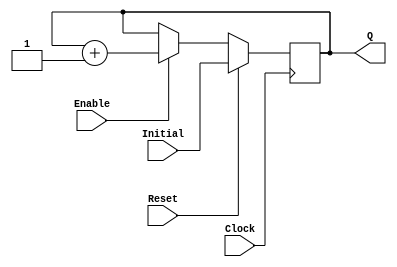
`timescale 1ns / 1ps
//------------------------------------------------
module UPCOUNTER_POSEDGE # (parameter SIZE=16)
(
input wire Clock, Reset,
input wire [SIZE-1:0] Initial,
input wire Enable,
output reg [SIZE-1:0] Q
);


  always @(posedge Clock )
  begin
      if (Reset)
        Q = Initial;
      else
		begin
		if (Enable)
			Q = Q + 1;
			
		end			
  end

endmodule
//----------------------------------------------------
module FFD_POSEDGE_SYNCRONOUS_RESET # ( parameter SIZE=8 )
(
	input wire				Clock,
	input wire				Reset,
	input wire				Enable,
	input wire [SIZE-1:0]	D,
	output reg [SIZE-1:0]	Q
);
	

always @ (posedge Clock) 
begin
	if ( Reset )
		Q <= 0;
	else
	begin	
		if (Enable) 
			Q <= D; 
	end	
 
end//always

endmodule


//----------------------------------------------------------------------

module IMUL (oResult, A, B);
	input wire [3:0] A;
	input wire [3:0] B;
	output [7:0] oResult;
	wire Ci_00, Ci_01, Ci_02, Ci_03, Ci_10, Ci_11, Ci_12, Ci_13, Ci_20, Ci_21, Ci_22;
	wire r01, r02, r03, r11, r12, r13; 


	//r[0]
	assign oResult[0] = A[0] & B[0];

	//r[1]
	full_adder adder00 (.A(A[0] & B[1]), .B(A[1] & B[0]), 
						.Ci(1'b0), .R(oResult[1]), .Co(Ci_00)); 
	
	//r[2]
	full_adder adder01 (.A(A[2] & B[0]), .B(A[1] & B[1]), 
						.Ci(Ci_00), .R(r01), .Co(Ci_01)); 
	full_adder adder10 (.A(A[0] & B[2]), .B(r01), .Ci(1'b0),
						 .R(oResult[2]), .Co(Ci_10)); 
	
	//r[3]
	full_adder adder02 (.A(A[3] & B[0]), .B(A[2] & B[1]), 
						.Ci(Ci_01), .R(r02), .Co(Ci_02));
	full_adder adder11 (.A(A[1] & B[2]), .B(r02), .Ci(Ci_10), 
						.R(r11), .Co(Ci_11));
	full_adder adder20 (.A(A[0] & B[3]), .B(r11), .Ci(1'b0), 
						.R(oResult[3]), .Co(Ci_20));

	//r[4]
	full_adder adder03 (.A(1'b0), .B(A[3] & B[1]), .Ci(Ci_02), 
						.R(r03), .Co(Ci_03));
	full_adder adder12 (.A(A[2] & B[2]), .B(r03), .Ci(Ci_11), 
						.R(r12), .Co(Ci_12));
	full_adder adder21 (.A(A[1] & B[3]), .B(r12), .Ci(Ci_20), 
						.R(oResult[4]), .Co(Ci_21));

	//r[5]
	full_adder adder13 (.A(A[3] & B[2]), .B(Ci_03), .Ci(Ci_12), 
						.R(r13), .Co(Ci_13)); 
	full_adder adder22 (.A(A[2] & B[3]), .B(r13), .Ci(Ci_21), 
						.R(oResult[5]), .Co(Ci_22)); 

	//r[6]
	full_adder adder23 (.A(A[3] & B[3]), .B(Ci_13), .Ci(Ci_22), 
						.R(oResult[6]), .Co(oResult[7]));


endmodule

//----------------------------------------------------------------------

module full_adder (A, B, Ci, R, Co);

input wire A, B, Ci; 
output wire R, Co; 

assign {Co, R} = A + B + Ci;

endmodule

//----------------------------------------------------------------------
module mux_4x1 #(parameter SIZE = 16) (Shifted_A, Q, A, B);

input wire [SIZE - 1:0] A; //input wire [15:0] A; 
input wire [1:0] B;

output reg [SIZE+1:0] Shifted_A; //output reg [17:0] Shifted_A; 
output reg [SIZE+1:0] Q; // Q y Shifted_A necesitan 1 bit mas que A por la suma y el desplazamiento respectivamente. 

always @(*) begin
	case(B)
		0: Q <= 0; 						// A *0
		1: Q <= A; 						// A *1
		2: Q <= A << 1'b1;			// A *2
		3: Q <= (A << 1'b1) + A;	// A *3

		default: Q <= 0;				// A *0
	endcase

	Shifted_A <= A << 2'b10;	// Desplazamiento adicional para adecuar la entrada 
end										// al siguiente mux_4x1 segun el algoritmo.

endmodule

//----------------------------------------------------------------------

module IMUL2 (result, A, B);
	output reg [31:0] result; // Resultado de 32bits ya que se multiplican 2 numeros de 16bits.
	input wire [15:0] A;
	input wire [15:0] B;

	wire [17:0] shifted_17A; // Los tamanos van aumentando debido a que A se desplaza 2 veces
	wire [19:0] shifted_19A; // hacia la izquierda por cada etapa de mux.
	wire [21:0] shifted_21A;
	wire [23:0] shifted_23A;
	wire [25:0] shifted_25A;
	wire [27:0] shifted_27A;
	wire [29:0] shifted_29A;

	wire [17:0] oMux1;
	wire [19:0] oMux2;
	wire [21:0] oMux3;
	wire [23:0] oMux4;
	wire [25:0] oMux5;
	wire [27:0] oMux6;
	wire [29:0] oMux7;
	wire [31:0] oMux8;

	mux_4x1 # (16) mux1(.Shifted_A(shifted_17A), .Q(oMux1), .A(A), .B(B[1:0]));
	mux_4x1 # (18) mux2(.Shifted_A(shifted_19A), .Q(oMux2), .A(shifted_17A), .B(B[3:2]));
	mux_4x1 # (20) mux3(.Shifted_A(shifted_21A), .Q(oMux3), .A(shifted_19A), .B(B[5:4]));
	mux_4x1 # (22) mux4(.Shifted_A(shifted_23A), .Q(oMux4), .A(shifted_21A), .B(B[7:6]));
	mux_4x1 # (24) mux5(.Shifted_A(shifted_25A), .Q(oMux5), .A(shifted_23A), .B(B[9:8]));
	mux_4x1 # (26) mux6(.Shifted_A(shifted_27A), .Q(oMux6), .A(shifted_25A), .B(B[11:10]));
	mux_4x1 # (28) mux7(.Shifted_A(shifted_29A), .Q(oMux7), .A(shifted_27A), .B(B[13:12]));
	mux_4x1 # (30) mux8(.Q(oMux8), .A(shifted_29A), .B(B[15:14]));

	// Se suman los resultados de todos los muxes segun el algoritmo.	
	always @(*)begin 
		result = oMux1 + oMux2 + oMux3 + oMux4 + oMux5 + oMux6 + oMux7 + oMux8;
	end

endmodule

//----------------------------------------------------------------------

module teclado (DATA, CLOCK, Reset, tecla);
	
	input wire DATA, CLOCK,  Reset;
	output reg [7:0] tecla;
	reg [31:0] timeCounter;
	reg [10:0] rBits;
	reg [3:0] nextState, currentState;
	reg timeCounterReset;
	reg [4:0] contadorBit;
	
	//Clock
	always @ ( negedge CLOCK  or posedge Reset) begin
		if (Reset) begin
			contadorBit<=0;
			tecla <= 0;
			rBits <= 0;
		end
		else begin
			if(contadorBit<=9) begin
			contadorBit <= contadorBit + 1;
			rBits[contadorBit] <= DATA;
			tecla <=0;
			end
			else begin
				contadorBit <=  4'b0;
				tecla <= rBits[9:1];
			end
		end
	end
endmodule